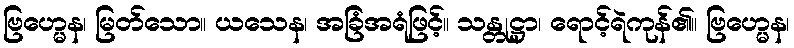
ဗြဟ္မေန၊ မြတ်သော။ ယသေန၊ အခြံအရံဖြင့်။ သန္တုဋ္ဌာ၊ ရောင့်ရဲကုန်၏။ ဗြဟ္မေန၊